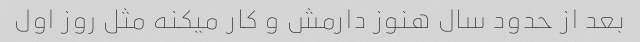
بعد از حدود سال هنوز دارمش و کار میکنه مثل روز اول